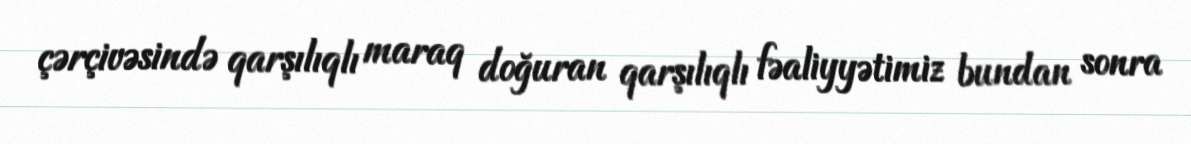
çərçivəsində qarşılıqlı maraq doğuran qarşılıqlı fəaliyyətimiz bundan sonra